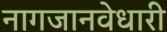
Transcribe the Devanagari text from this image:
नागजानवेधारी